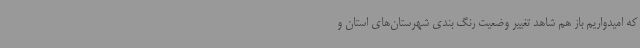
که امیدواریم باز هم شاهد تغییر وضعیت رنگ بندی شهرستان‌های استان و